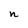
Character: n